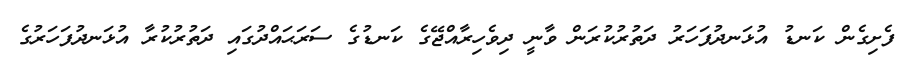
ފެށިގެން ކަނޑު އުޅަނދުފަހަރު ދަތުރުކުރަން ވާނީ ދިވެހިރާއްޖޭގެ ކަނޑުގެ ސަރަޙައްދުގައި ދަތުރުކުރާ އުޅަނދުފަހަރުގެ